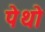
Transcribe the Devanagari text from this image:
पेथो